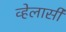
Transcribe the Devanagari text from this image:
व्हेलार्सी